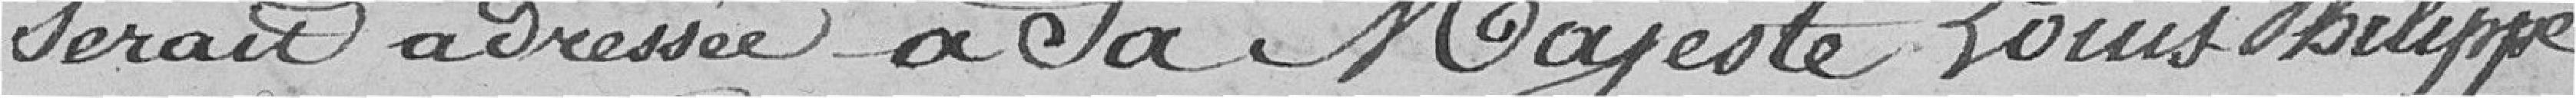
du Royaume arrivent aux pieds du trône, daignez